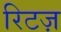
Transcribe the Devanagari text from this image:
रिटज़